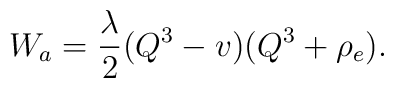
W_a=\frac{\lambda}{2}(Q^3-v)(Q^3+\rho_e).